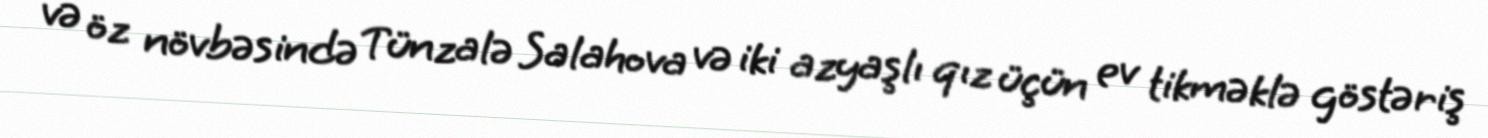
və öz növbəsində Tünzalə Salahova və iki azyaşlı qız üçün ev tikməklə göstəriş